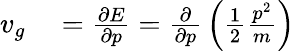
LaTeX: \begin{array}{rl}{v_{g}}&{{}={\frac{\partial E}{\partial p}}={\frac{\partial}{\partial p}}\left({\frac{1}{2}}{\frac{p^{2}}{m}}\right)}\end{array}